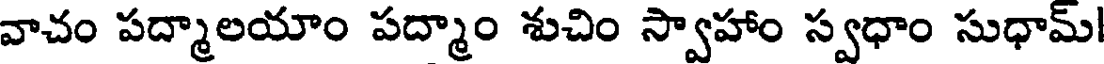
వాచం పద్మాలయాం పద్మాం శుచిం స్వాహాం స్వధాం సుధామ్